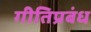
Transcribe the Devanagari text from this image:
गीतिप्रबंध